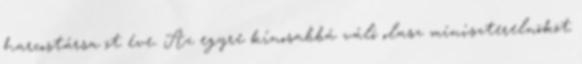
harcostársa öt éve. Az egyre kínosabbá váló olasz miniszterelnököt